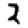
Digit: 2